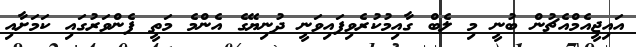
އައިޖީއެމްއެޗުން ބުނީ މި ލެބް ގާއިމުކުރެވިފައިވަނީ ދުނިޔޭގެ އެންމެ މަތީ ފެންވަރުގައި ކަަމަށާއި